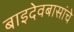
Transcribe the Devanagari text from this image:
बाइदेवबासांचे